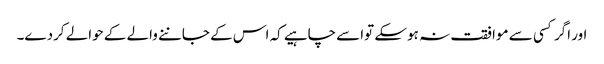
اور اگر کسی سے موافقت نہ ہوسکے تواسے چاہیے کہ اس کے جاننے والے کے حوالے کردے۔